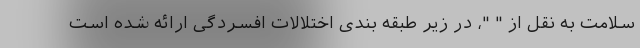
سلامت به نقل از " "، در زیر طبقه بندی اختلالات افسردگی ارائه شده است